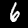
Digit: 6